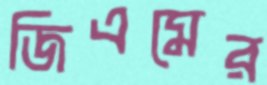
জিএমের